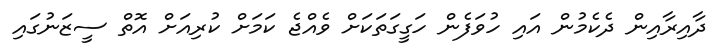
ދާއިރާއިން ދެކެމުން އައި ހުވަފެން ހަގީގަތަކަށް ވެއްޖެ ކަމަށް ކުރިއަށް އޮތް ސީޒަނުގައި